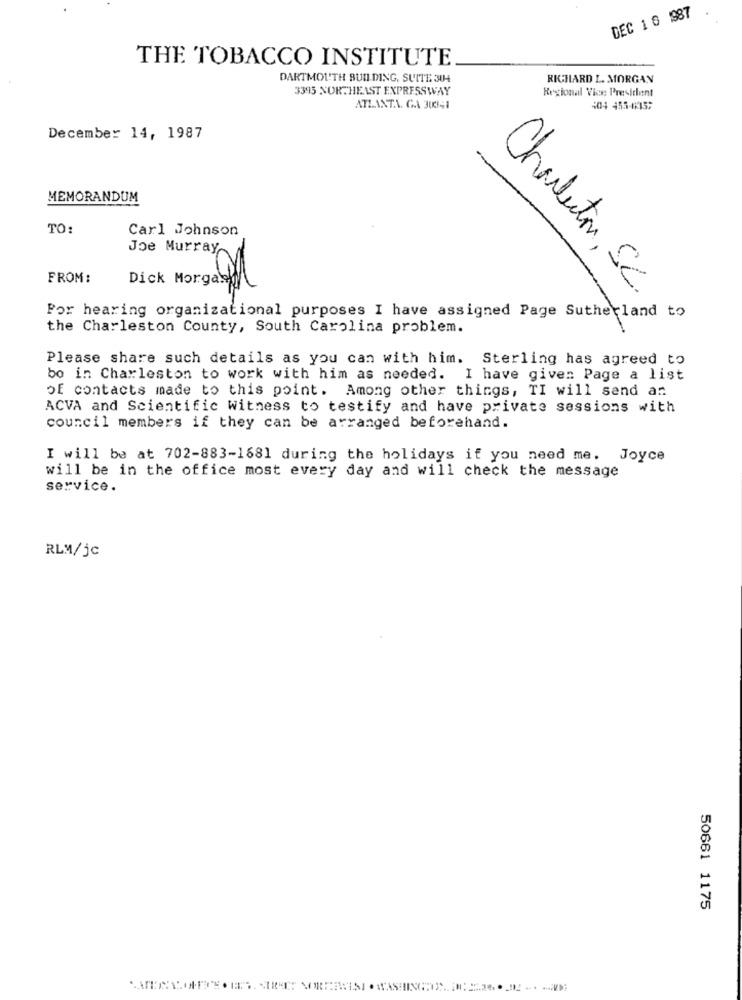
DEC 1 6 987
THE TOBACCO INSTITUTE
DARTMOUTH BUDDING, SUITE 304
RICHARD L. MORGAN
3395 NORTHEAST EXPRESSWAY
Regional Viss: President
ATLANTA. G.A 300141
:04 455-41357
December 14, 1987
MEMORANDUM
TO:
Carl Johnson
Joe Murray
FROM:
Dick Morgan
Charlton, SC.
Por hearing organizational purposes I have assigned Page Sutherland to
the Charleston County, South Carolina problem.
Please share such details as you can with him. Sterling has agreed to
bo in Charleston to work with him as needed. I have given Page a list
of contacts made to this point. Among other things, TI will send an
ACVA and Scientific Witness to testify and have private sessions with
council members if they can be arranged beforehand.
I will be at 702-883-1681 during the holidays if you need me. Joyce
will be in the office most every day and will check the message
service.
RLM/jc
50661 1175